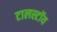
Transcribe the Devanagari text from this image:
टालस्टॉय